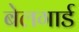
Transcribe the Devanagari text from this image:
बेलगार्ड